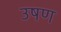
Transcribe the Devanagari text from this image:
उषण